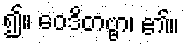
၍။ ဝေဒိတဗ္ဗာ၊ ၏။